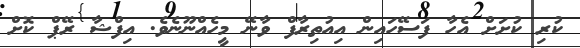
ކުރި ކުށަށް އެހާ ފަސޭހައިން އިއުތިރާފް ވާނޭ މީހެއްނޫނެވެ. އިފްޝާ ރޭޕް ކޮށް